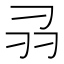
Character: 𭃊